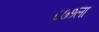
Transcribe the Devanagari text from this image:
८७१ला